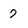
Character: 7